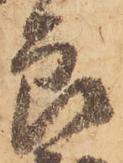
郎